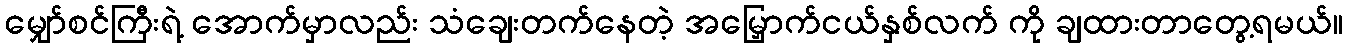
မျှော်စင်ကြီးရဲ့ အောက်မှာလည်း သံချေးတက်နေတဲ့ အမြှောက်ငယ်နှစ်လက် ကို ချထားတာတွေ့ရမယ်။